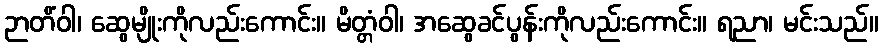
ဉာတိံဝါ၊ ဆွေမျိုးကိုလည်းကောင်း။ မိတ္တံဝါ၊ အဆွေခင်ပွန်းကိုလည်းကောင်း။ ရညာ၊ မင်းသည်။